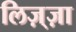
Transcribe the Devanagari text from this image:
लिज़्ज़ा